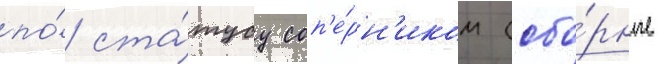
по́ ста́тусу соп'е́рн'иком (сбо́рные